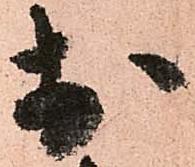
於